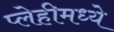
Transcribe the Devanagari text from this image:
प्लेहीमध्ये